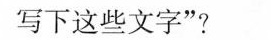
写下这些文字”?